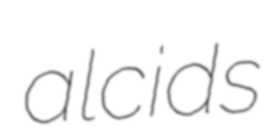
alcids